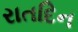
રાતદિન